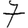
Digit: 7